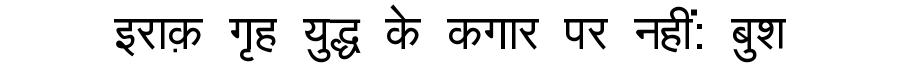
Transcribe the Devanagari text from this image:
इराक़ गृह युद्ध के कगार पर नहीं: बुश